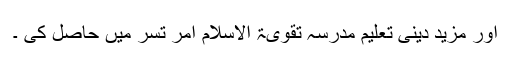
اور مزید دینی تعلیم مدرسہ تقویۃ الاسلام امر تسر میں حاصل کی ۔